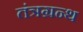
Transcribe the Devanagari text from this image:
तंत्रग्रन्थ